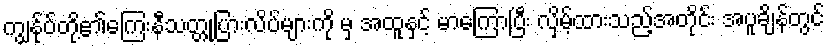
ကျွန်ုပ်တို့၏ကြေးနီသတ္တုပြားလိပ်များကို မှ အထူနှင့် မာကြောပြီး လှိမ့်ထားသည့်အတိုင်း အပူချိန်တွင်